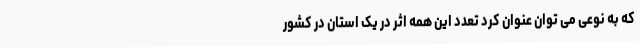
که به نوعی می توان عنوان کرد تعدد این همه اثر در یک استان در کشور